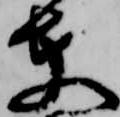
夫